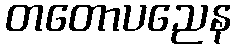
တတောပညေန